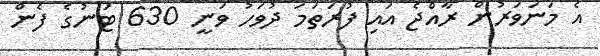
އެ މަނަވަރުން ރާއްޖެ އައި ފުރަތަމަ ދުވަހު ވަނީ 630 ޓަނުގެ ފެން